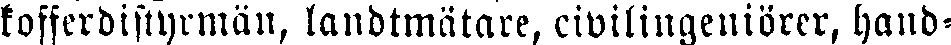
kofferdistyrmän, landtmätare, civilingeniörer, hand-